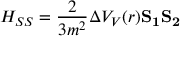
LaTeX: H _ { S S } = \frac { 2 } { 3 m ^ { 2 } } \Delta V _ { V } ( r ) \bf { S _ { 1 } S _ { 2 } }